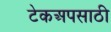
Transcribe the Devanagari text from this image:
टेकअपसाठी